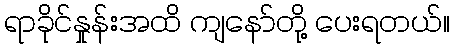
ရာခိုင်နှုန်းအထိ ကျနော်တို့ ပေးရတယ်။